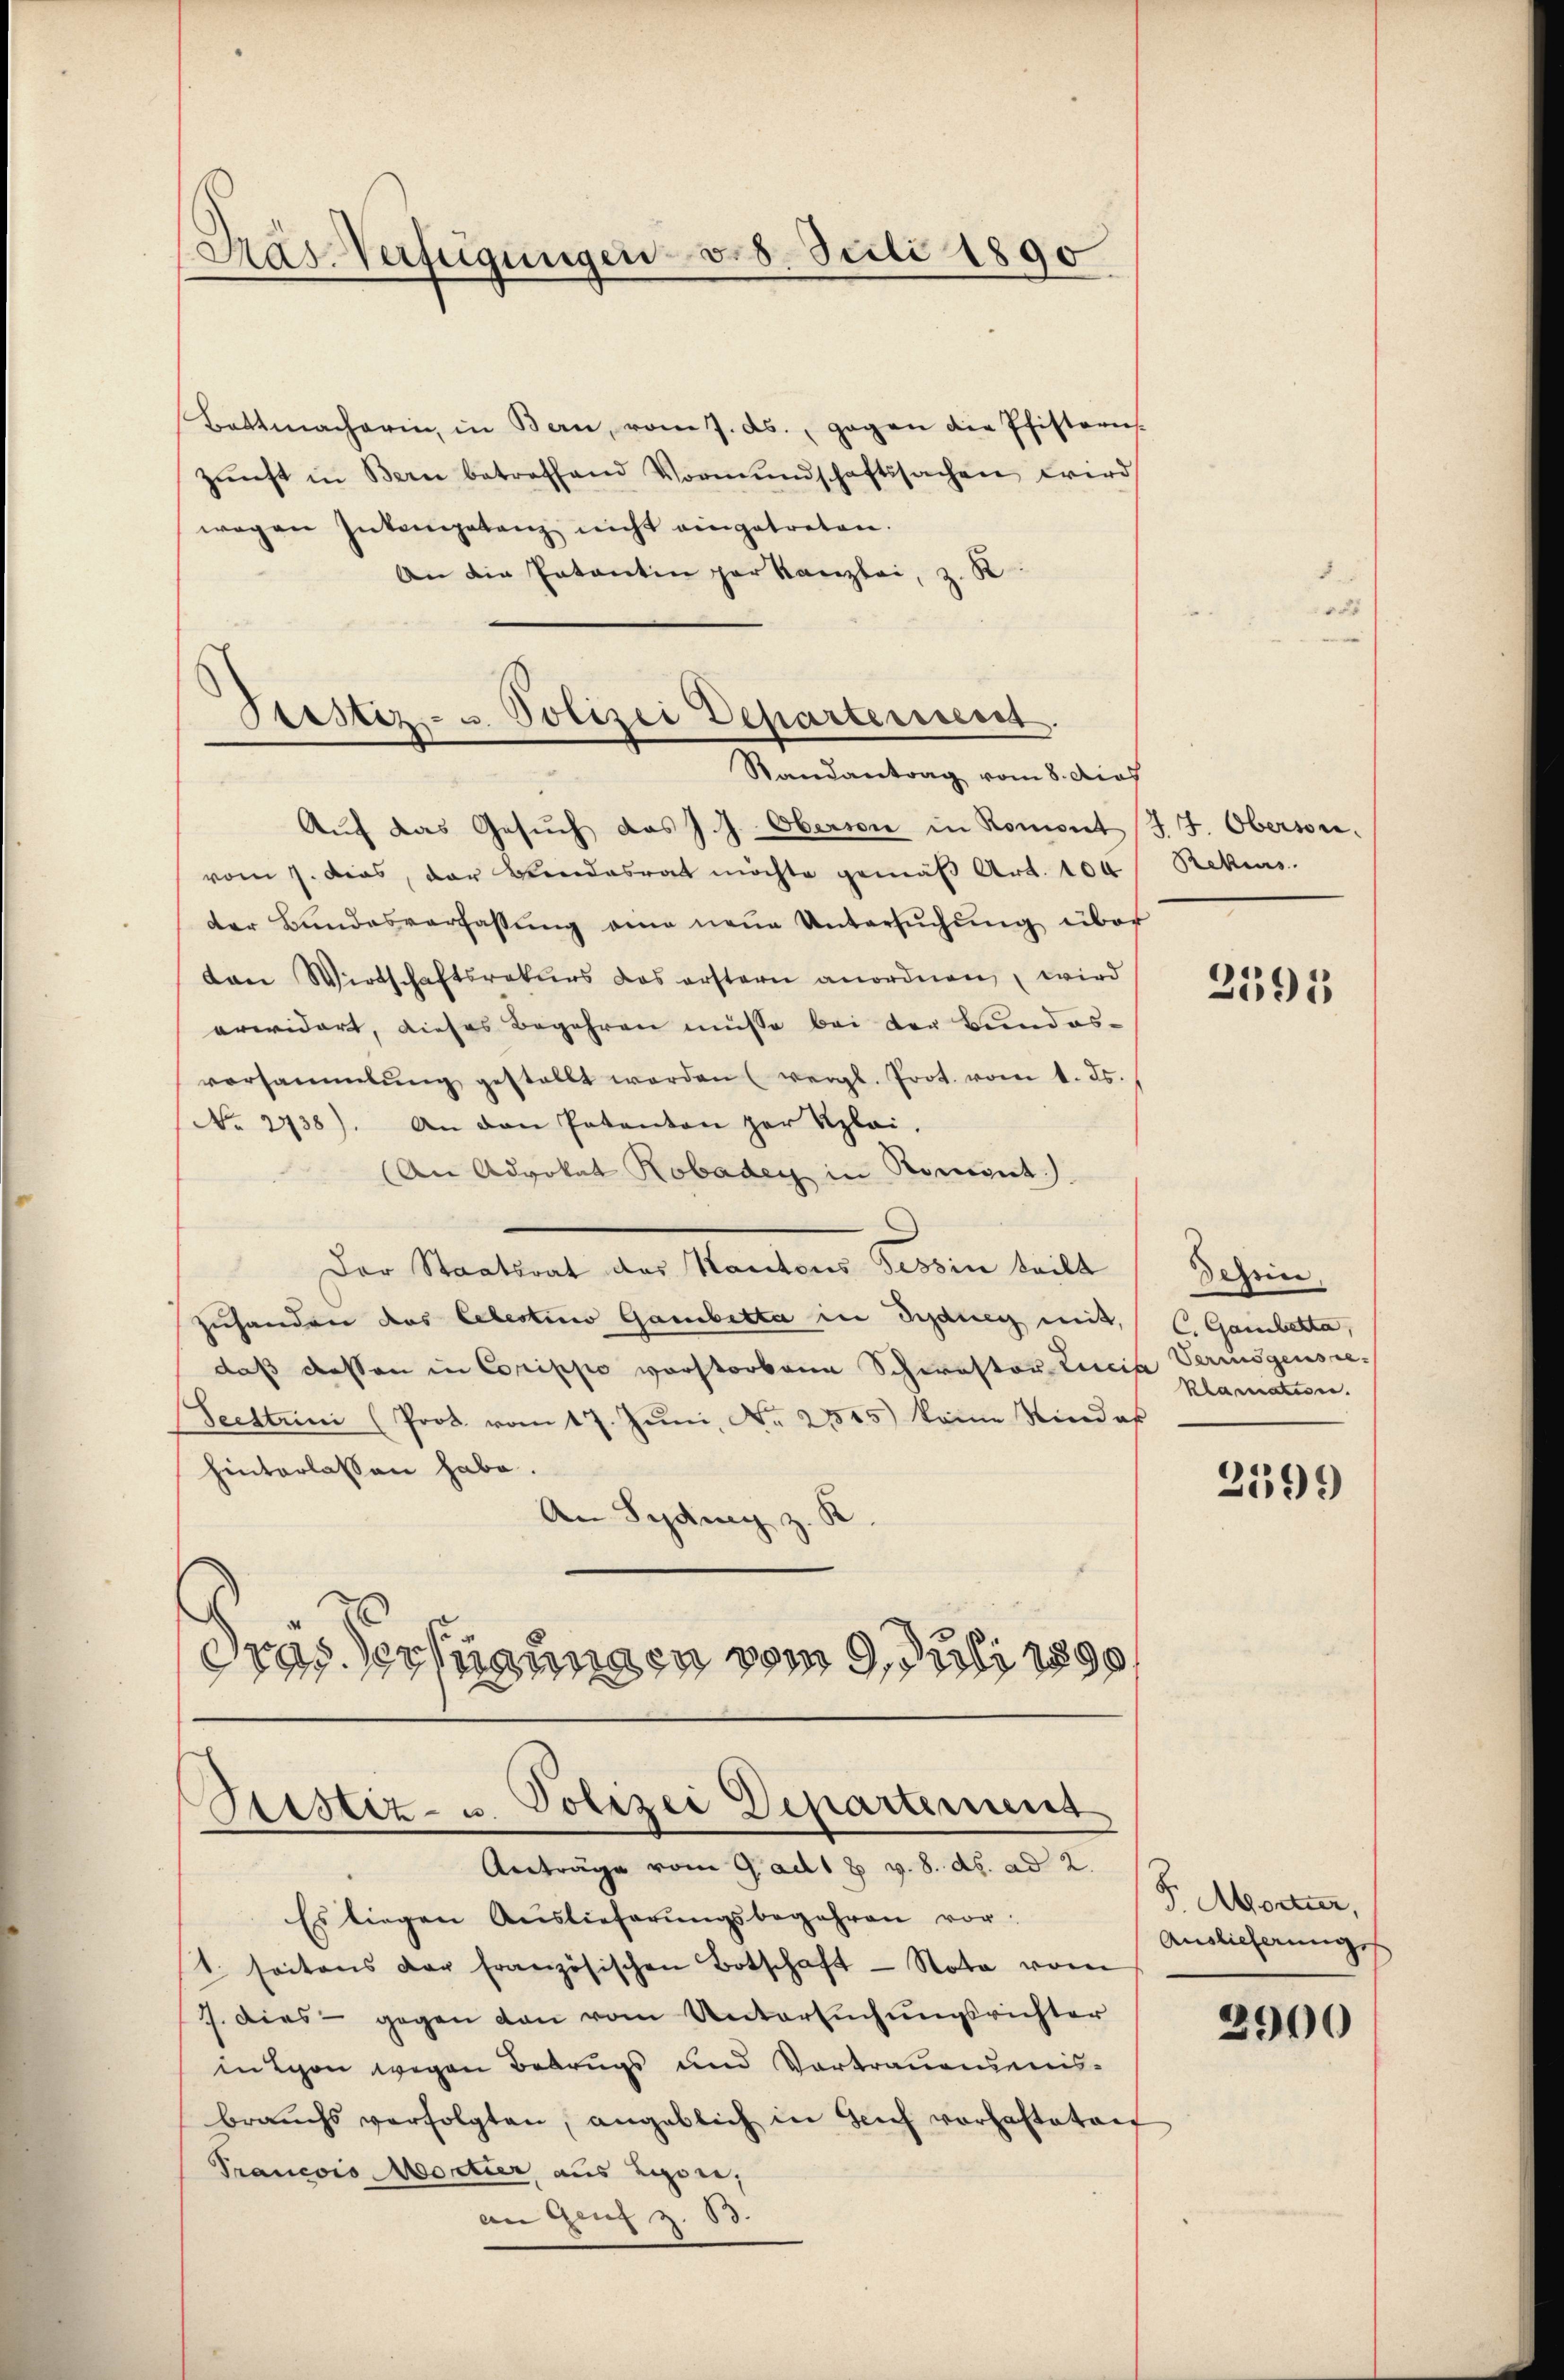
Pras Verfügungen v. 8. Juli 1890

Bottmacherin, in Bern, vom 7. ds. gegen die Pfisteris
zŭnft in Bern betreffend Vormŭndschaftssachen wird
wegen Inkompetenz nicht eingetreten.
An die Entantin par Kanzlei, z. B.

Stestiz- u. Polizei Departeriert.
Randantrag vom 8. dief

Sistiz- u. Polizei Departement
Anträge vom Gad1 8 v. 8. ds. ad 2.

Auf das Gesŭch das J. J. Oberson in Romont (JJ. Oberson.
vom 7. dies, der Beendesrat möchte gemäβ Art. 100 Rekurs.
der Bundesverfassŭng eine neue Untersŭchŭng über
von Wirtschaftsrekurs das erstern anordnen, wird
arwidert, dieses Begehren müsse bei der Bundes-
vorsammlung gestellt werden (vergl. Prot. vom 1. ds.
No. 2738). An den Pakanton zur Klai-
(An Advokat Robader in Roment).
Der Staatent der Standen Berein teilt
zuhanden das lebestimo Gambetta in Indung mit,
daß dessen in Corrippe vorstorbene Schwestor Lucia Vermögensre¬
Seestrini (Prok. vom 17. Juni, No. 2345) keine Kindeß
hinterlassen habe.
An Sydung z. K
dras Verfügungen vom 9. Juli 1890

Es liegen Auslieferŭngsbegehren vor:
t. seitens der französischen Botschaft - Nota vom
7. Dies - gegen den vom Untersuchungsrichter
in Lyon wegen Betrugs und Vortrauendens-
brauchs verfolgten, angeblich in Zeich vorgestatant
Prancois Mortier, aus Lyon,
an Genf z. B.

2391

ehrin
C. Gamberta,
Klamatine.

2599

F. Mortner,
Auslieferungss

2900